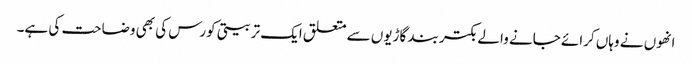
انھوں نے وہاں کرائے جانے والے بکتر بند گاڑیوں سے متعلق ایک تربیتی کورس کی بھی وضاحت کی ہے۔